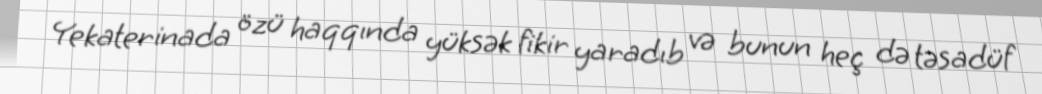
Yekaterinada özü haqqında yüksək fikir yaradıb və bunun heç də təsadüf